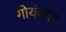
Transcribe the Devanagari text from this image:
गोयंकार